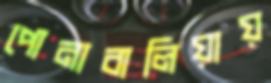
পোনাবালিয়ায়